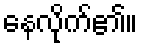
နေလိုက်၏။